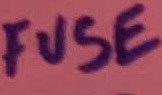
Text: FUSE